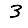
Digit: 3